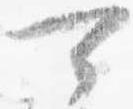
可